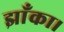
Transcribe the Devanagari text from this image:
झाँका।